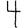
Digit: 4